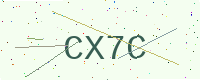
Text: CX7C